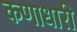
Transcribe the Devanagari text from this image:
कणाधारी